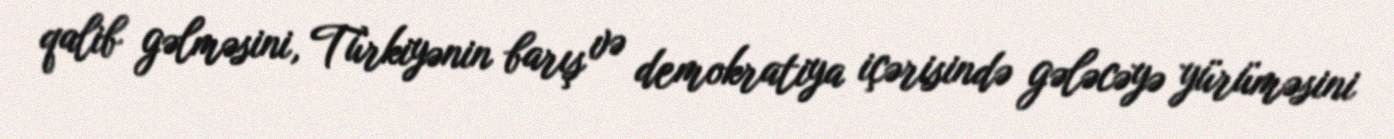
qalib gəlməsini, Türkiyənin barış və demokratiya içərisində gələcəyə yürüməsini